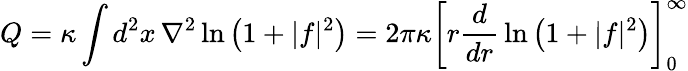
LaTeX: Q=\kappa\int d^{2}x\, \nabla^{2}\ln\left(1+|f|^{2}\right)=2\pi\kappa\left[r{\frac{d}{dr}}\ln\left(1+|f|^{2}\right)\right]_{0}^{\infty}